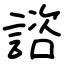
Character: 諮